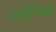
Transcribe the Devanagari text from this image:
नाॅटिंघम